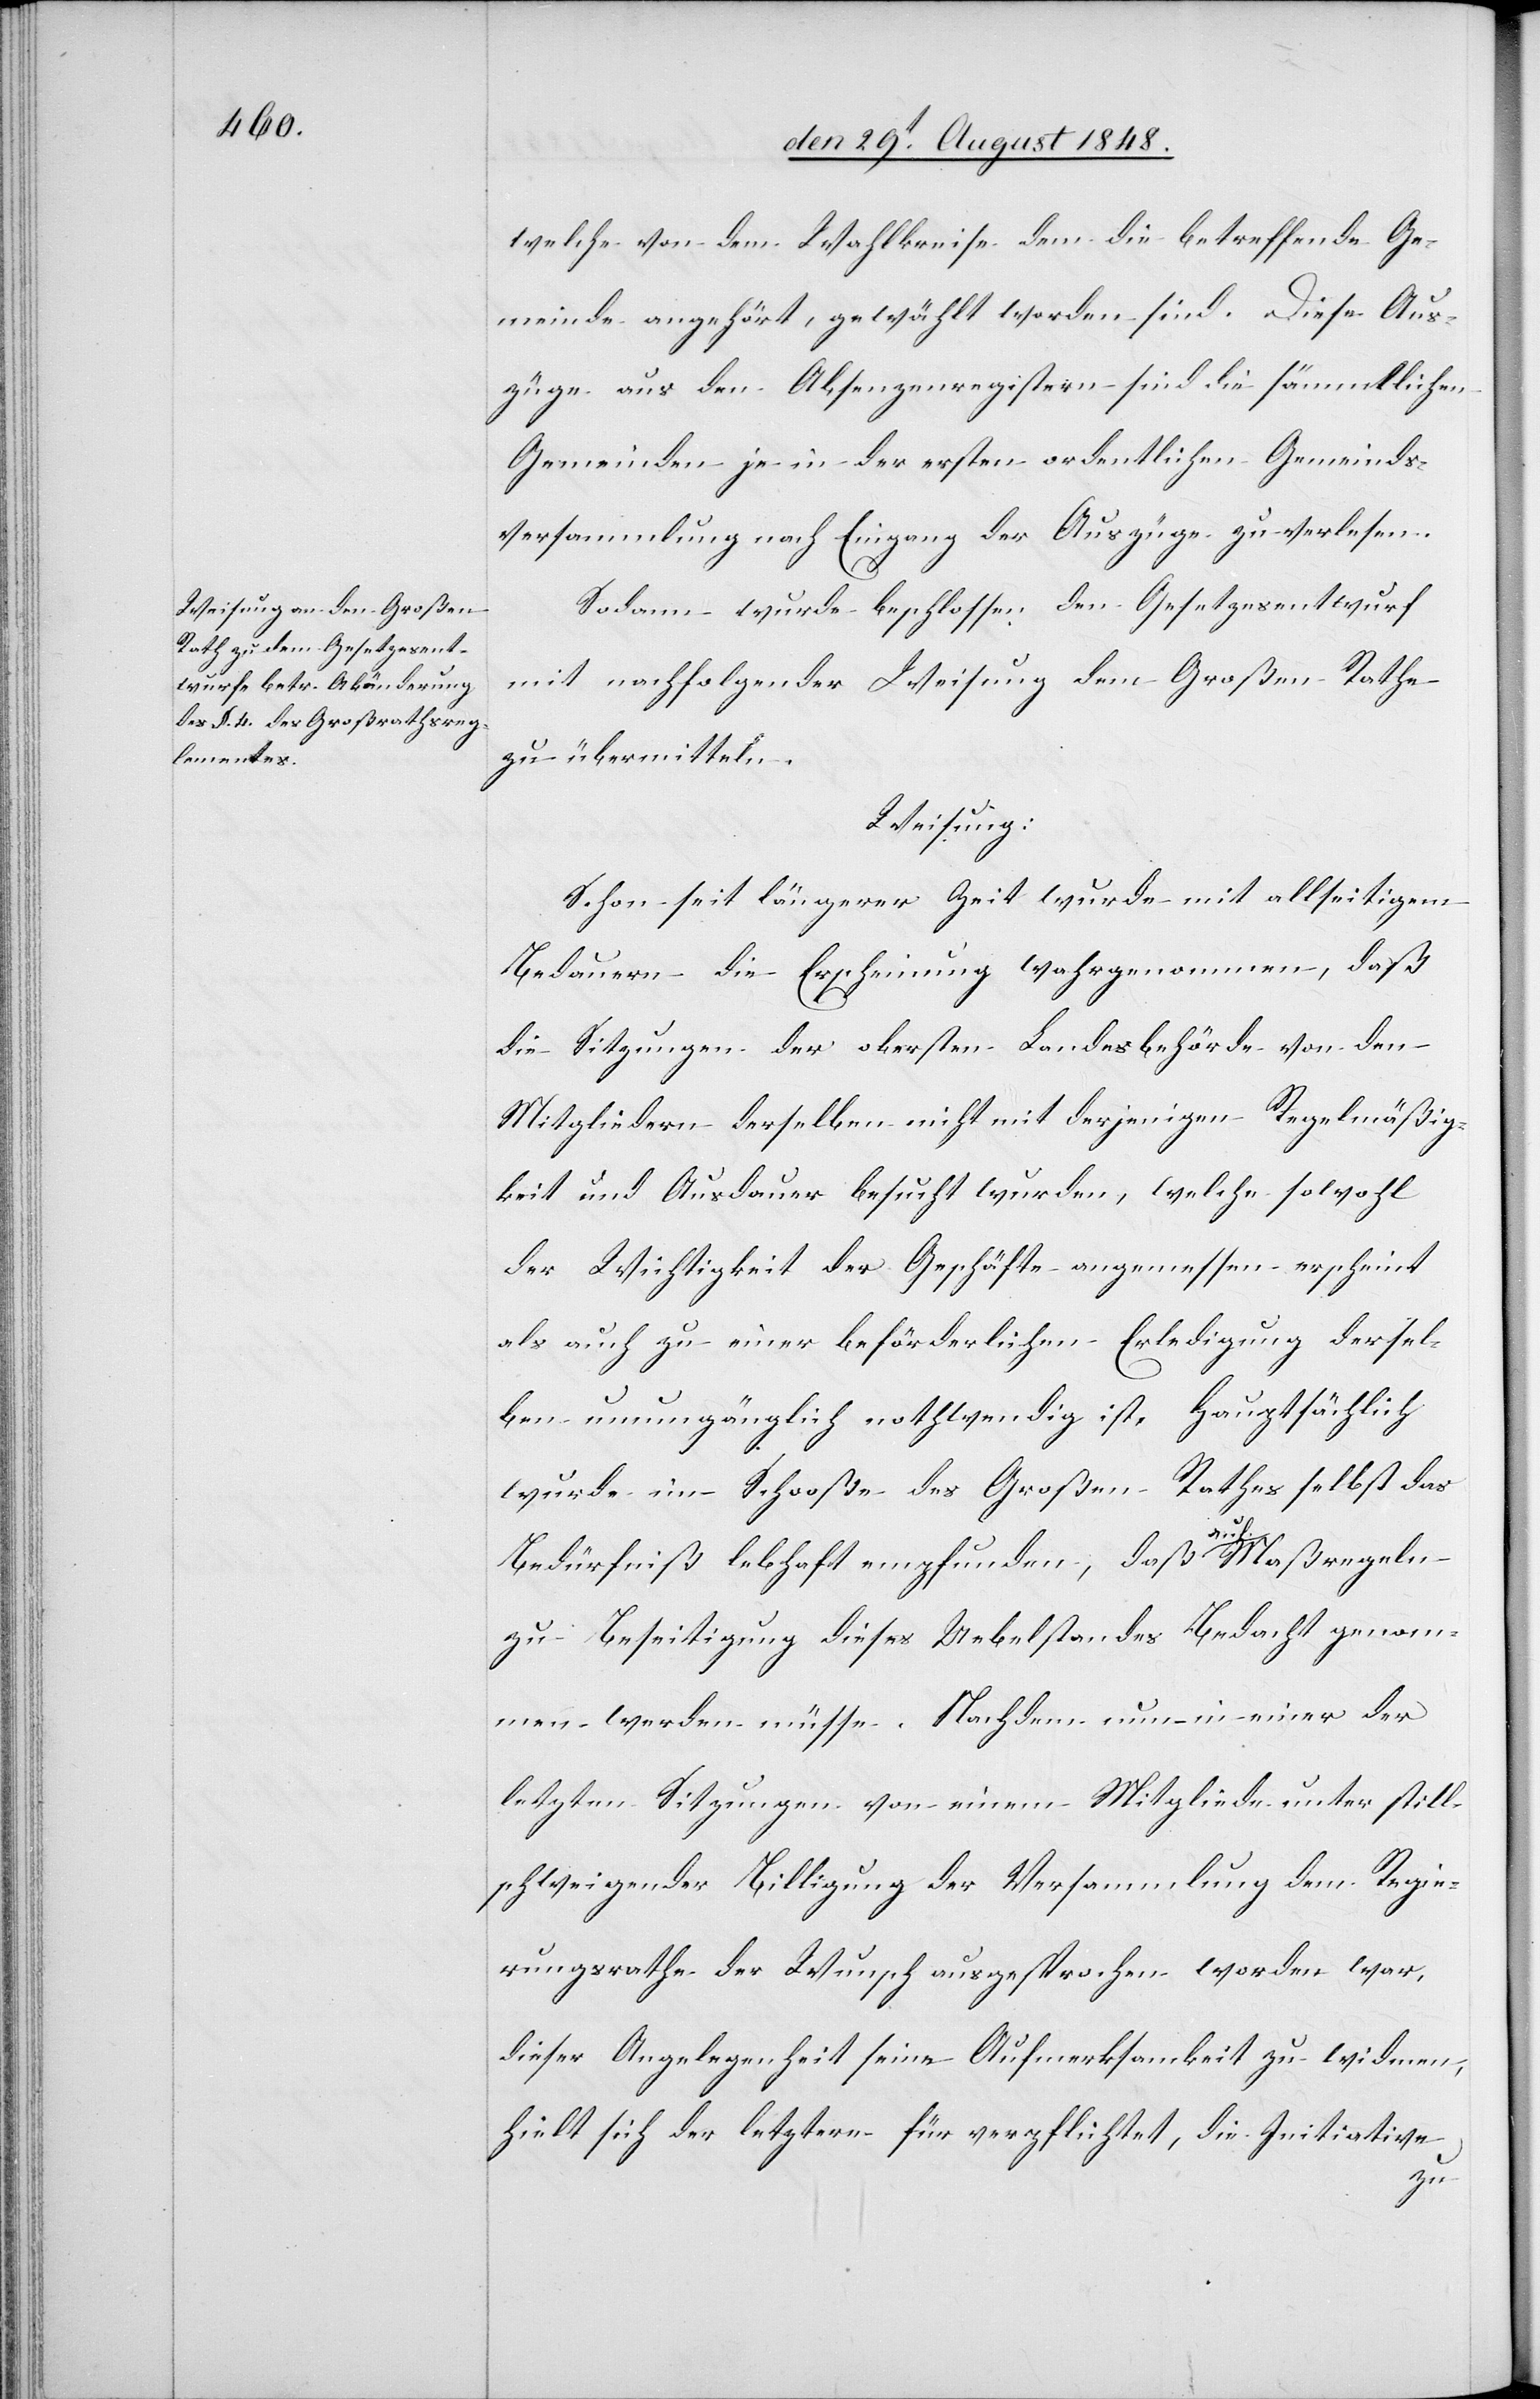
welche von dem Wahlkreise dem die betreffende Ge¬
meinde angehört, gewählt worden sind. Diese Aus¬
züge aus den Absenzenregistern sind die sämmtlichen
Gemeinden je in der ersten ordentlichen Gemeinds¬
versammlung nach Eingang der Auszüge zu verlesen.
Sodann wurde beschlossen den Gesetzesentwurf
mit nachfolgender Weisung dem Großen Rathe
zu übermitteln.
Weisung.
Schon seit längerer Zeit wurde mit allseitigem
Bedauern die Erscheinung wahrgenommen, daß
die Sitzungen der obersten Landesbehörde von den
Mitgliedern derselben nicht mit derjenigen Regelmäßig¬
keit und Ausdauer besucht wurden, welche sowohl
der Wichtigkeit der Geschäfte angemessen erscheint
als auch zu einer beförderlichen Erledigung dersel¬
ben unumgänglich nothwendig ist. Hauptsächlich
wurde im Schooße des Großen Rathes selbst das
Bedürfniß lebhaft empfunden, daß auf Maßregeln
zu Beseitigung dieses Uebelstandes bedacht genom¬
men werden müsse. Nachdem nun in einer der
letzten Sitzungen von einem Mitgliede unter still¬
schweigender Billigung der Versammlung dem Regie¬
rungsrathe der Wunsch ausgesprochen worden war,
dieser Angelegenheit seine Aufmerksamkeit zu widmen,
hielt sich der letztere für verpflichtet, die Initiative